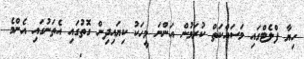
ހިޔާ ފްލެޓްގައި މަސައްކަތް ކުރަމުން އަންނަ މީހަކު ކިޔައިދިން ގޮތުގައި އެތަނުގައި އެންމެ